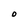
Character: O